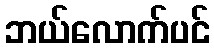
ဘယ်လောက်ပင်